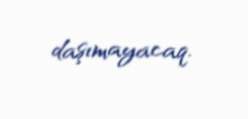
daşımayacaq.